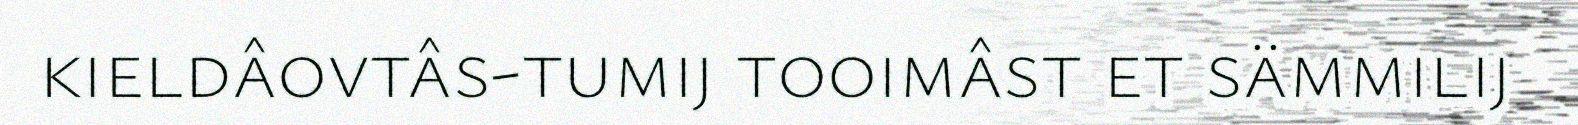
kieldâovtâs-tumij tooimâst et sämmilij